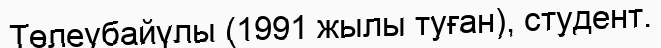
Төлеубайүлы (1991 жылы туған), студент.